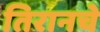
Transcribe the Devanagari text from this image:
तिरानचे